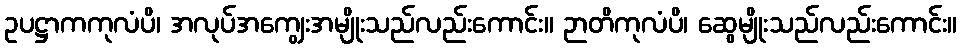
ဥပဋ္ဌာကကုလံပိ၊ အလုပ်အကျွေးအမျိုးသည်လည်းကောင်း။ ဉာတိကုလံပိ၊ ဆွေမျိုးသည်လည်းကောင်း။